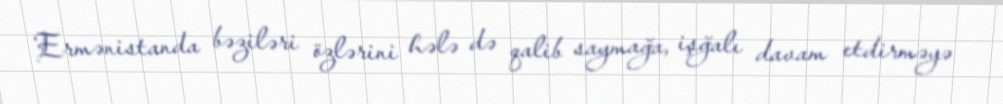
Ermənistanda bəziləri özlərini hələ də qalib saymağa, işğalı davam etdirməyə